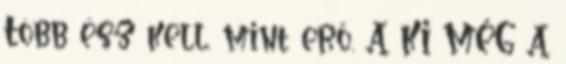
Több ész kell, mint erő. A KI MÉG A